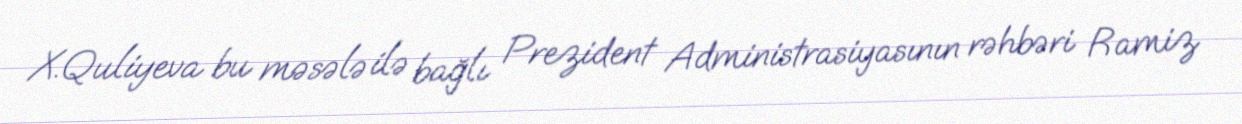
X.Quliyeva bu məsələ ilə bağlı Prezident Administrasiyasının rəhbəri Ramiz